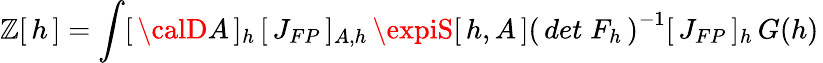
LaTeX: \mathbb{Z}[\, h\, ]=\int[\, {\calD}A\, ]_{h}\, [\, J_{FP}\, ]_{A,h}\, \expiS[\, h,A\, ]\left(\, det\; F_{h}\, \right)^{-1}[\, J_{FP}\, ]_{h}\, G(h)\,